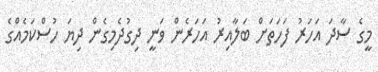
މީގެ ސާދަ އަހަރު ފަހަތަށް ބަލާއިރު އަހަރެން ވަނީ ދިގުދެމިގެން ދިޔަ ހުސްކަމެއްގެ